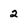
Character: 2